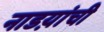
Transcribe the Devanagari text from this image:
नाडय़ांची